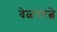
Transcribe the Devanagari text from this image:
वेळपरत्वे